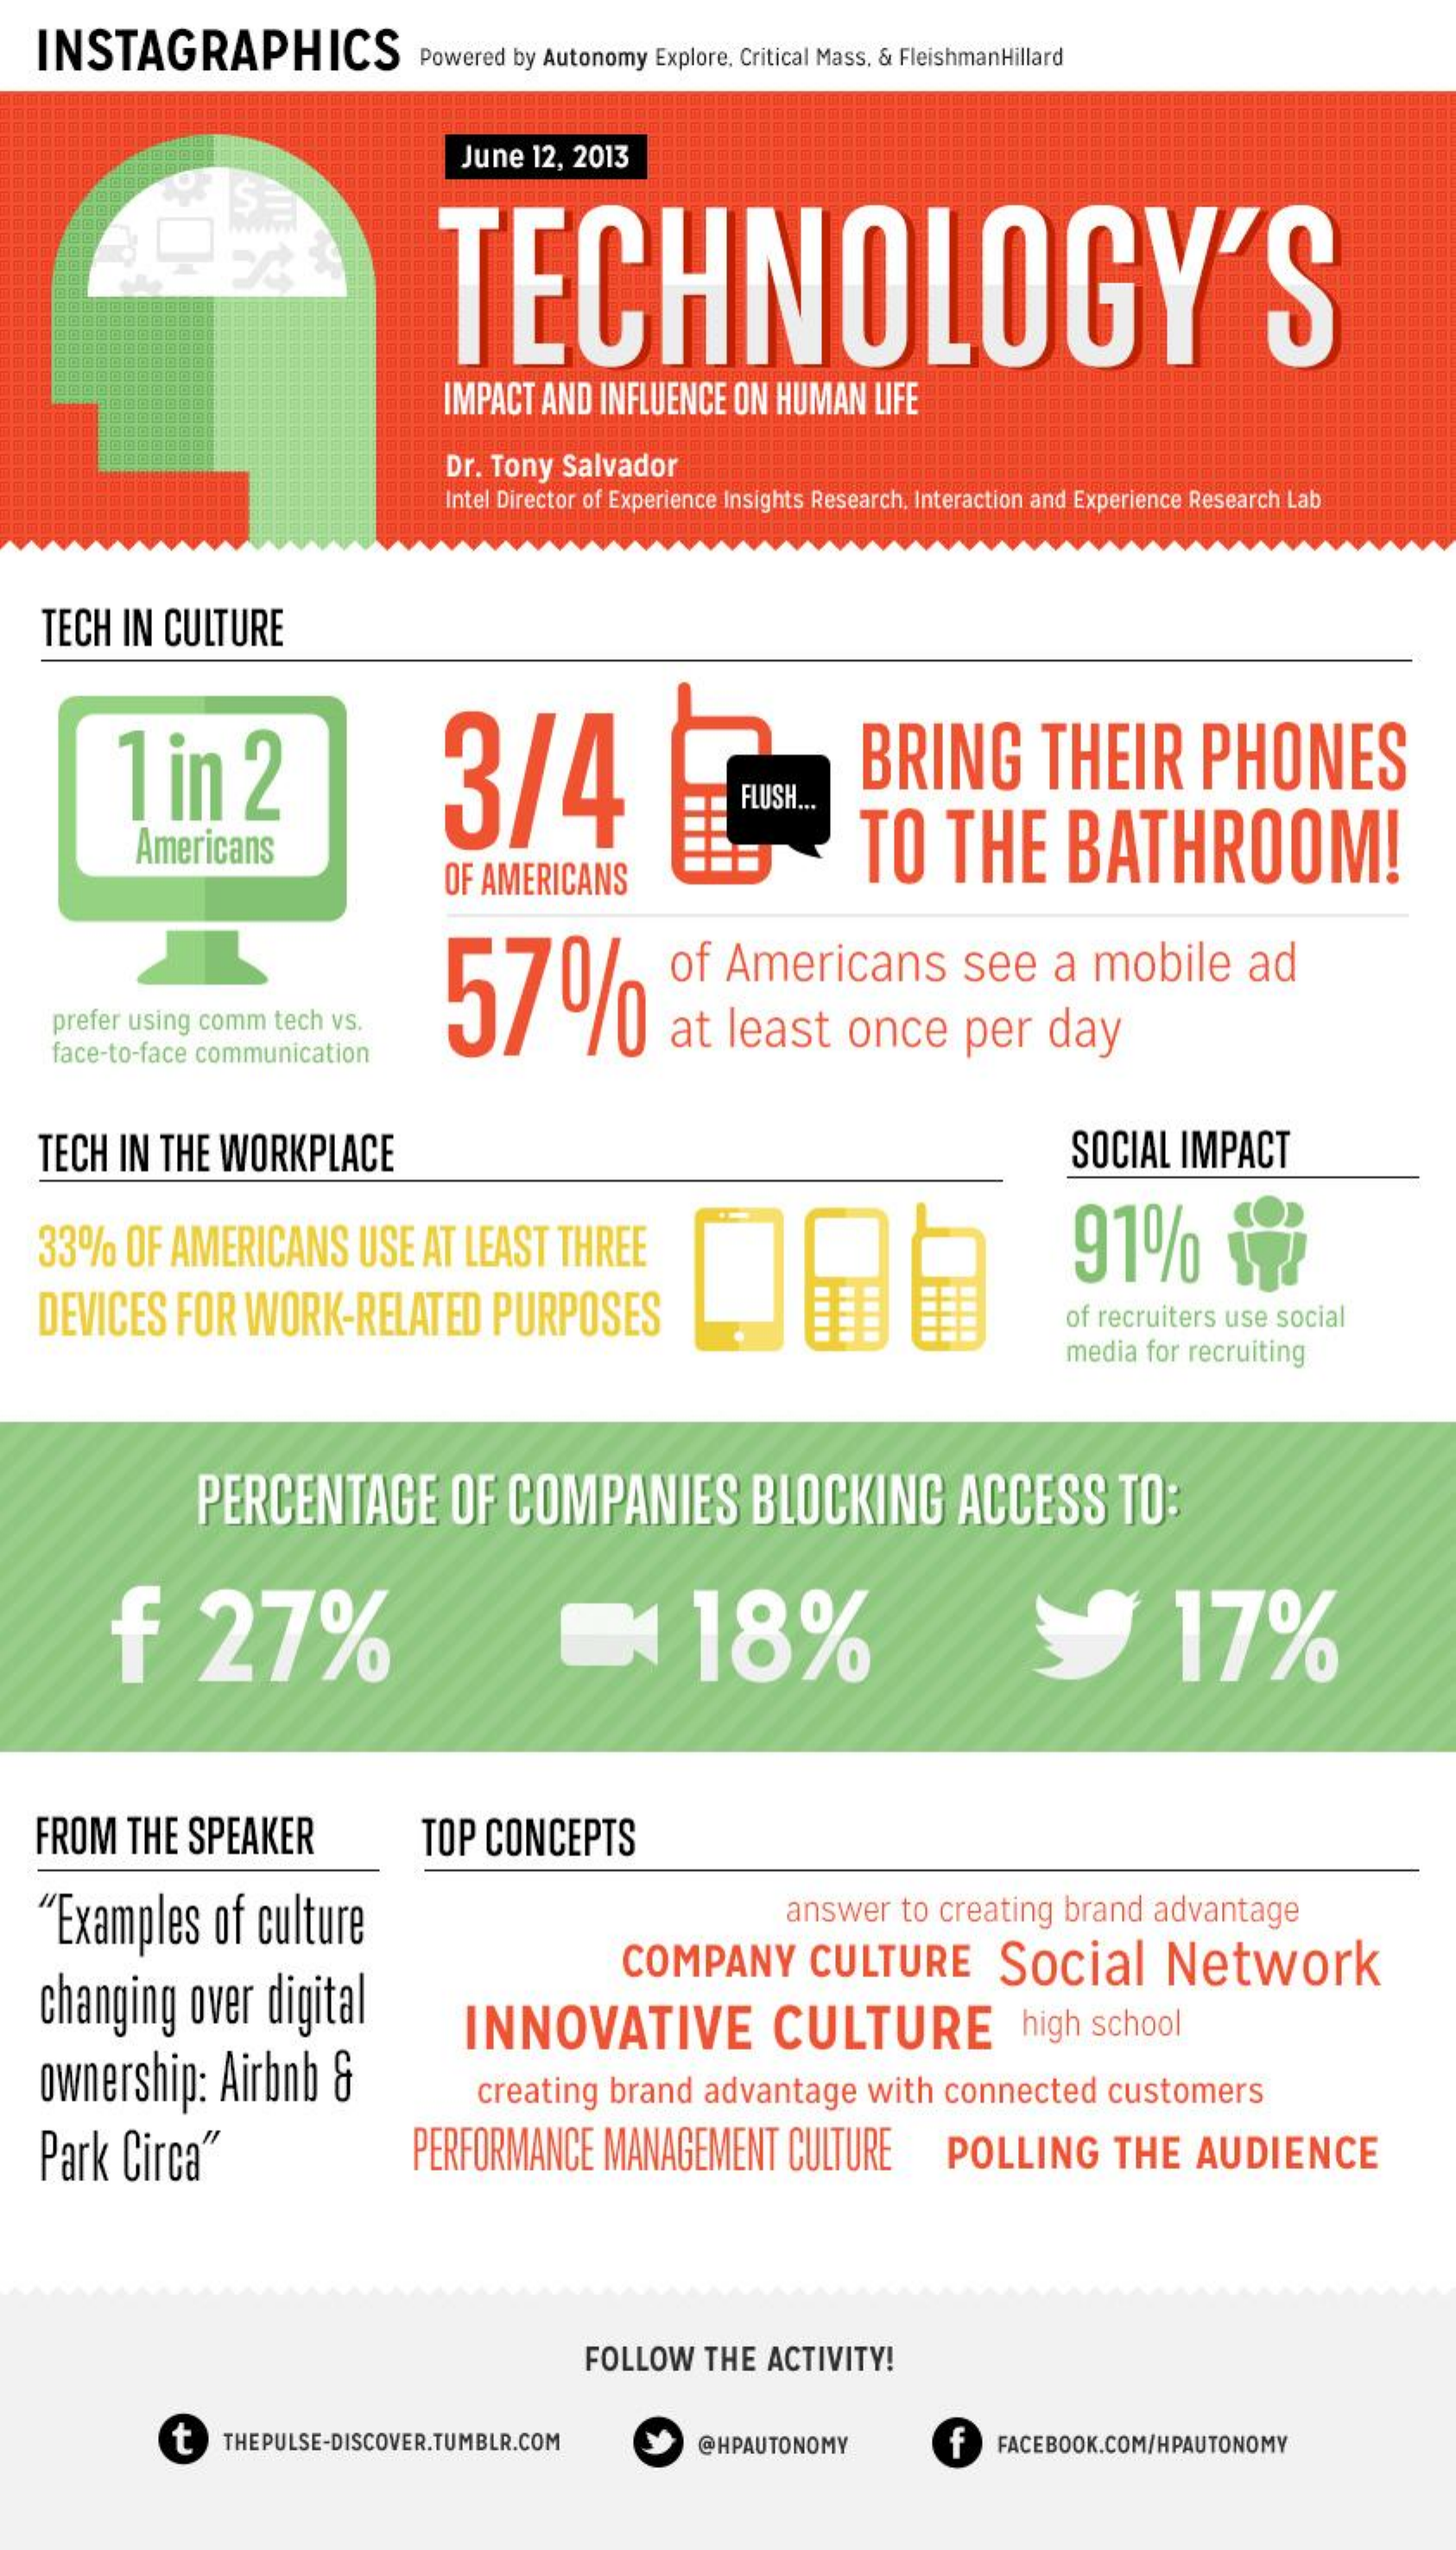
INSTAGRAPHICS    Powered  by Autonomy Explore, Critical Mass, & FleishmanHillard
     June   12, 2013
     TECHNOLOGY'S
     IMPACT  AND  INFLUENCE   ON  HUMAN    LIFE
     Dr. Tony  Salvador
     Intel Director of Experience Insights Research, Interaction and Experience Research Lab
    TECH  IN  CULTURE
     1   in    2    3/4    BRING    THEIR    PHONES
     FLUSH ...
     Americans    TO    THE    BATHROOM!
     OF AMERICANS
     57%
     of  Americans    see    a  mobile    ad
     prefer using comm  tech vs.    at  least    once    per    day
     face-to-face communication
    TECH  IN  THE  WORKPLACE    SOCIAL   IMPACT
   33%    OF  AMERICANS    USE   AT LEAST    THREE    91%    12
   DEVICES    FOR   WORK-RELATED    PURPOSES    of recruiters use social
     media for recruiting
     PERCENTAGE    OF   COMPANIES    BLOCKING    ACCESS    TO:
     f    27%    18%    17%
   FROM    THE  SPEAKER    TOP  CONCEPTS
    "Examples    of  culture    answer    to creating   brand   advantage
   changing    over   digital
     COMPANY    CULTURE    Social    Network
   ownership:    Airbnb    &
     INNOVATIVE    CULTURE    high  school
     creating   brand    advantage    with  connected    customers
   Park   Circa"    PERFORMANCE    MANAGEMENT    CULTURE    POLLING    THE    AUDIENCE
     FOLLOW    THE  ACTIVITY!
     t    THEPULSE-DISCOVER.TUMBLR.COM    @HPAUTONOMY    f   FACEBOOK.COM/HPAUTONOMY